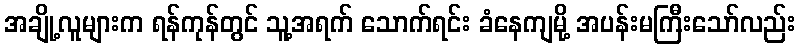
အချို့လူများက ရန်ကုန်တွင် သူ့အရက် သောက်ရင်း ခံနေကျမို့ အပန်းမကြီးသော်လည်း